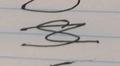
Signature authenticity: forged